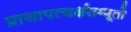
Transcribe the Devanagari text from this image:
प्राजापत्यर्क्षसम्भूतो